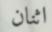
اثنان